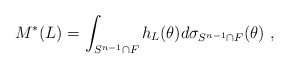
\begin{align*}M^*(L) = \int_{S^{n-1} \cap F} h_L(\theta) d\sigma_{S^{n-1} \cap F}(\theta) ~,\end{align*}